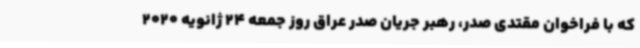
که با فراخوان مقتدی صدر،‌ رهبر جریان صدر عراق روز جمعه 24 ژانویه 2020